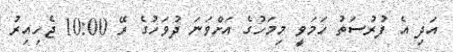
އަދި އެ ފުރުސަތު ހަމަވީ މިމަހުގެ އަށްވަނަ ދުވަހުގެ ރޭ 10:00 ޖެހިއިރު